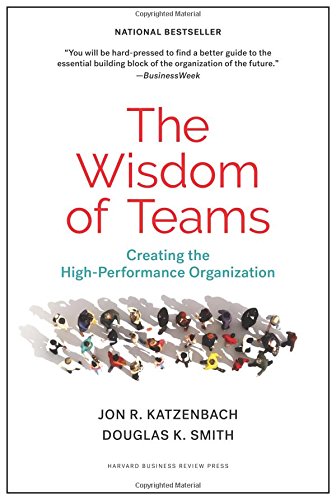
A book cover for The Wisdom of Teams: Creating the High-Performance Organization; Jon R. Katzenbach; Business & Money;